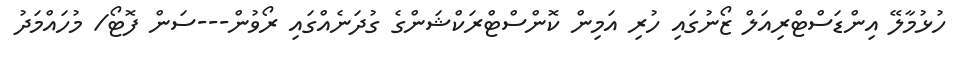
ހުޅުމާލޭ އިންޑަސްޓްރިއަލް ޒޯނުގައި ހުރި އަމިން ކޮންސްޓްރަކްޝަންގެ ގުދަނެއްގައި ރޯވުން---ސަން ފޮޓޯ/ މުހައްމަދު